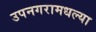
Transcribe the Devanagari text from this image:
उपनगरामधल्या